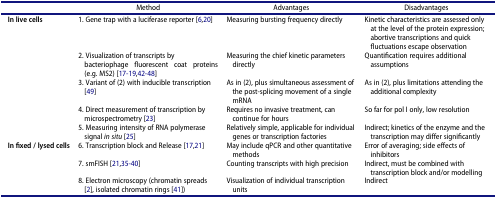
<table><thead><tr><td><b> </b></td><td><b>Method</b></td><td><b>Advantages</b></td><td><b>Disadvantages</b></td></tr></thead><tbody><tr><td><b>In live cells</b></td><td>1. Gene trap with a luciferase reporter [6,20]</td><td>Measuring bursting frequency directly</td><td>Kinetic characteristics are assessed only at the level of the protein expression; abortive transcriptions and quick fluctuations escape observation</td></tr><tr><td> </td><td>2. Visualization of transcripts by bacteriophage fluorescent coat proteins (e.g. MS2) [17-19,42-48]</td><td>Measuring the chief kinetic parameters directly</td><td>Quantification requires additional assumptions</td></tr><tr><td> </td><td>3. Variant of (2) with inducible transcription [49]</td><td>As in (2), plus simultaneous assessment of the post-splicing movement of a single mRNA</td><td>As in (2), plus limitations attending the additional complexity</td></tr><tr><td> </td><td>4. Direct measurement of transcription by microspectrometry [23]</td><td>Requires no invasive treatment, can continue for hours</td><td>So far for pol I only, low resolution</td></tr><tr><td> </td><td>5. Measuring intensity of RNA polymerase signal <i>in situ</i> [25]</td><td>Relatively simple, applicable for individual genes or transcription factories</td><td>Indirect; kinetics of the enzyme and the transcription may differ significantly</td></tr><tr><td><b>In fixed / lysed cells</b></td><td>6. Transcription block and Release [17,21]</td><td>May include qPCR and other quantitative methods</td><td>Error of averaging; side effects of inhibitors</td></tr><tr><td> </td><td>7. smFISH [21,35-40]</td><td>Counting transcripts with high precision</td><td>Indirect, must be combined with transcription block and/or modelling</td></tr><tr><td> </td><td>8. Electron microscopy (chromatin spreads [2], isolated chromatin rings [41])</td><td>Visualization of individual transcription units</td><td>Indirect</td></tr></tbody></table>